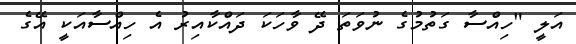
އަލީ "ހިއްސާ ގަތުމުގެ ނުވަތަ ދޭ ވާހަކަ ދައްކާއިރު އެ ހިއްސާއަކީ އޭގެ